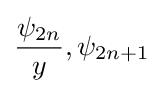
{\frac {\psi _{2n}}{y}},\psi _{2n+1}